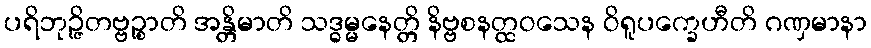
ပရိဘုဉ္ဇိတဗ္ဗဉ္စာတိ အန္တိမာတိ သဒ္ဓမ္မနေတ္တိ နိဗ္ဗစနတ္ထဝသေန ဝိရူပက္ခေဟီတိ ဂဏှမာနာ